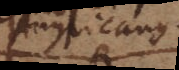
Anglicanus